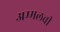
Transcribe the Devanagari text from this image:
अम्मलची